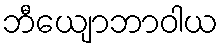
ဘီယျောဘာဝါယ